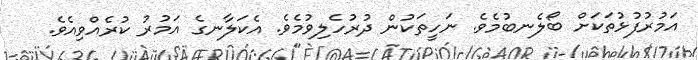
އަމުރުފުޅުތަަކަށް ބޯލެނބުމެވެ. ނަހީތަކުން ދުރުހެލިވުމެވެ. އެކަލާނގެ އަމުރު ކުރެއްވިއެވެ.